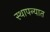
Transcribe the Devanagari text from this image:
स्थापन्यात